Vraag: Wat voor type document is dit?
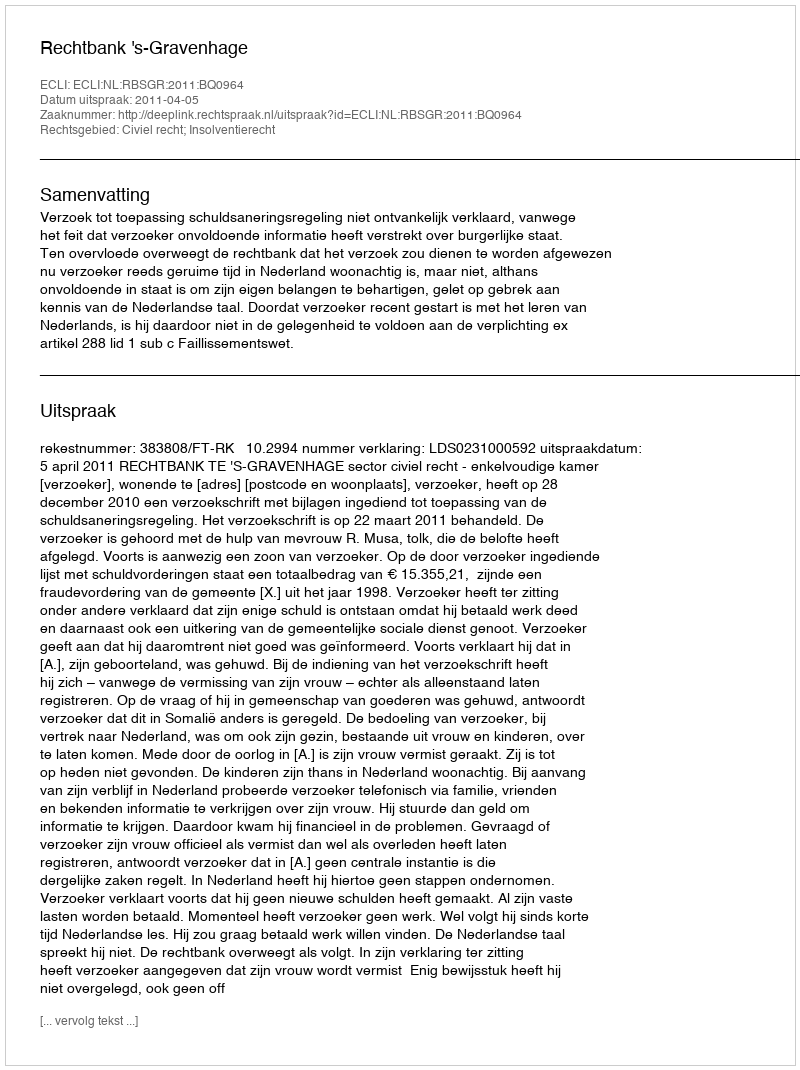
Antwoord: Uitspraak